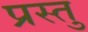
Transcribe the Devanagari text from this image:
प्रस्तु